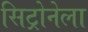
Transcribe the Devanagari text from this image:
सिट्रोनेला